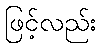
ဖြင့်လည်း